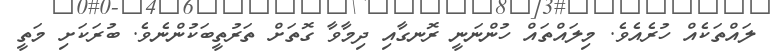
ލައްތަކެއް ހުރެއެވެ. މިލައްތައް ހުންނަނީ ރޮނގާއި ދިމާވާ ގޮތަށް ތަރުތީބަކުންނެވެ. ބުރަކަށި މަތީ